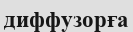
диффузорға